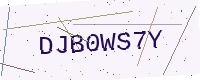
Text: DJB0WS7Y